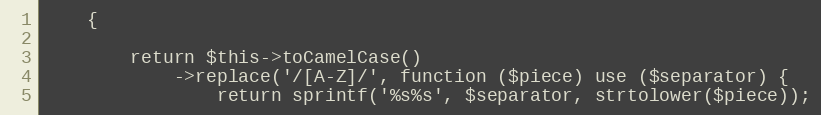
Language: PHP
    {

        return $this->toCamelCase()
            ->replace('/[A-Z]/', function ($piece) use ($separator) {
                return sprintf('%s%s', $separator, strtolower($piece));